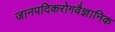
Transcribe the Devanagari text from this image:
जानपदिकरोगवैज्ञानिक